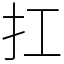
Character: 扛